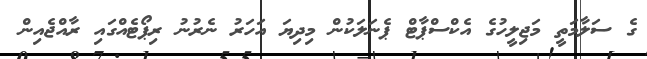
ގެ ސަލާމަތީ މަޖިލީހުގެ އެކްސްޕާޓް ޕެނަލަކުން މިދިޔަ އަހަރު ނެރުނު ރިޕޯޓެއްގައި ރާއްޖެއިން